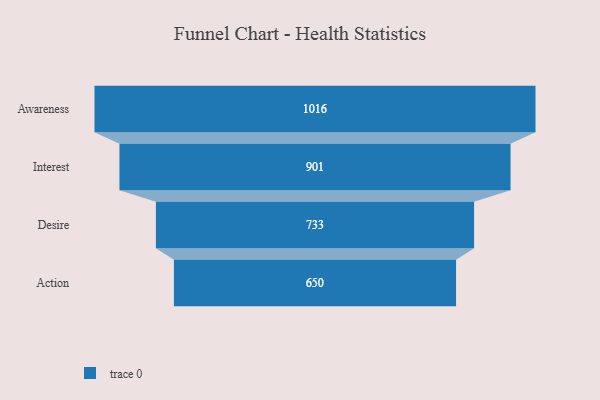
{"axis": {"x": "Stage", "y": "Value"}, "legend": [""], "data": [{"x": "Awareness", "y": 1016.0, "type": ""}, {"x": "Interest", "y": 901.0, "type": ""}, {"x": "Desire", "y": 733.0, "type": ""}, {"x": "Action", "y": 650.0, "type": ""}]}